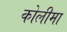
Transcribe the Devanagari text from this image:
कोलीमा